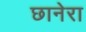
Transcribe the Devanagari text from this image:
छानेरा